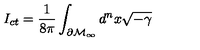
I _ { c t } = \frac 1 { 8 \pi } \int _ { \partial \mathcal { M } _ { \infty } } d ^ { n } x \sqrt { - \gamma }